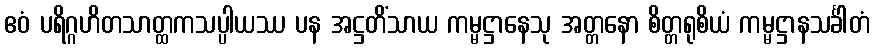
ဧဝံ ပရိဂ္ဂဟိတသာတ္ထကသပ္ပါယဿ ပန အဋ္ဌတိံသာယ ကမ္မဋ္ဌာနေသု အတ္တနော စိတ္တရုစိယံ ကမ္မဋ္ဌာနသင်္ခါတံ